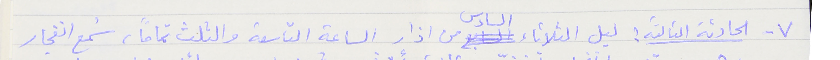
٧ - الحادثة الثالثة : ليل الثلاثاء السادس من اذار الساعة التاسعة والثلث تماماً، سُمع انفجار